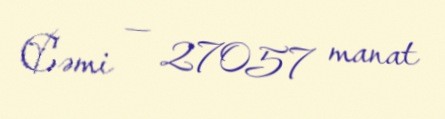
Cəmi — 27057 manat